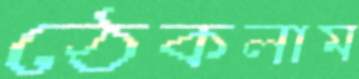
ঠেকলাম